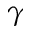
\gamma